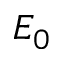
E _ { 0 }